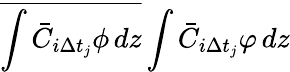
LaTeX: \overline{{\int\bar{C}_{i\Delta t_{j}}\phi\mathop{}\! {d{z}}}}\int\bar{C}_{i\Delta t_{j}}\varphi\mathop{}\! {d{z}}